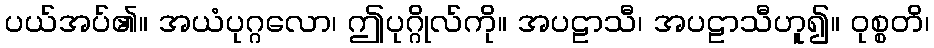
ပယ်အပ်၏။ အယံပုဂ္ဂလော၊ ဤပုဂ္ဂိုလ်ကို။ အပဠာသီ၊ အပဠာသီဟူ၍။ ဝုစ္စတိ၊